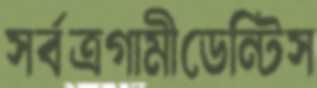
সর্বত্রগামীডেন্টিস